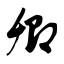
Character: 卿